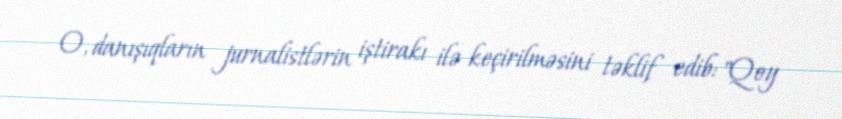
O, danışıqların jurnalistlərin iştirakı ilə keçirilməsini təklif edib: "Qoy